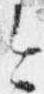
今